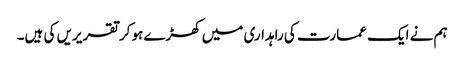
ہم نے ایک عمارت کی راہداری میں کھڑے ہوکر تقریریں کی ہیں۔